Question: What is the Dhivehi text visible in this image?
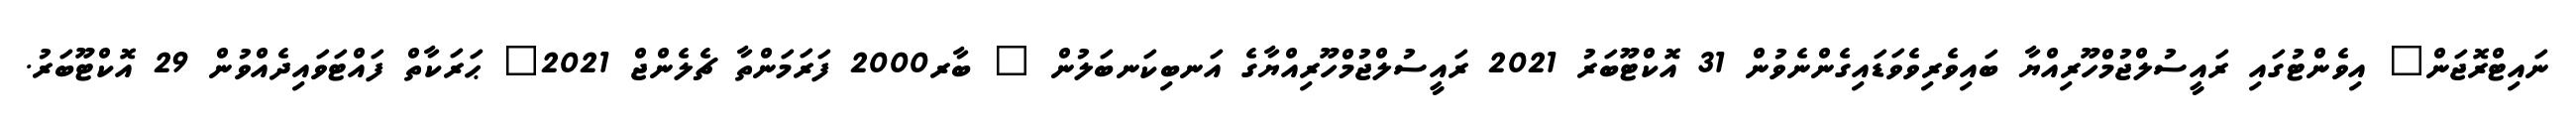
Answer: ނައިޓްރޮޖަން" އިވެންޓުގައި ރައީސުލްޖުމްހޫރިއްޔާ ބައިވެރިވެވަޑައިގެންނެވުން 31 އޮކްޓޫބަރު 2021 ރައީސުލްޖުމްހޫރިއްޔާގެ އަނބިކަނބަލުން " ބާރ2000 ފަރަމަންތާ ޗެލެންޖް 2021" ޙަރަކާތް ފައްޓަވައިދެއްވުން 29 އޮކްޓޫބަރު.